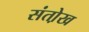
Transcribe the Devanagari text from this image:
संतो़ख